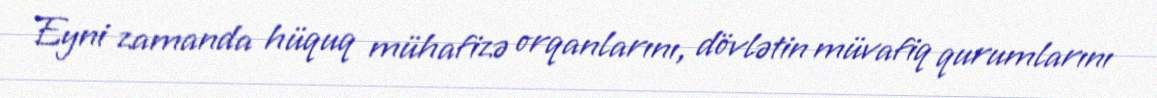
Eyni zamanda hüquq mühafizə orqanlarını, dövlətin müvafiq qurumlarını